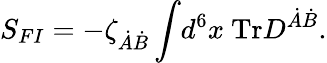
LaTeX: S_{FI}=-\zeta_{\dot{A}\dot{B}}\int\! d^{6}x~\mathrm{Tr}D^{\dot{A}\dot{B}}.